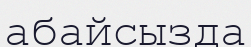
абайсызда